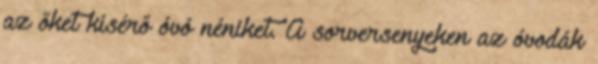
az őket kísérő óvó néniket. A sorversenyeken az óvodák